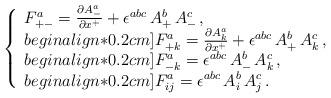
LaTeX: \begin{align*}\left\{\begin{array}{l}F^a_{+ -} = \frac{\partial A^a_-}{\partial x^+} + \epsilon^{abc}\, A^b_+ \, A^c_- \,,\\begin{align*}0.2cm]F^a_{+ k} = \frac{\partial A^a_k}{\partial x^+} + \epsilon^{abc}\, A^b_+ \, A^c_k \,, \\begin{align*}0.2cm]F^a_{- k} = \epsilon^{abc} \, A^b_- \, A^c_k \,, \\begin{align*}0.2cm]F^a_{i j} = \epsilon^{abc}\, A^b_i \, A^c_j\,.\end{array}\right. \end{align*}